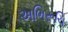
અભિરૂચિ